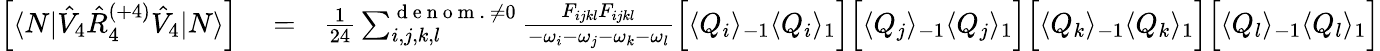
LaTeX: \begin{array}{rlr}{\left[\langle N|\hat{V}_{4}\hat{R}_{4}^{(+4)}\hat{V}_{4}|N\rangle\right]}&{{}=}&{\frac{1}{24}\sum_{i,j,k,l}^{{\mathrm{~d~e~n~o~m~.~}\neq 0}}\frac{F_{ijkl}F_{ijkl}}{-\omega_{i}-\omega_{j}-\omega_{k}-\omega_{l}}\Big[\langle Q_{i}\rangle_{-1}\langle Q_{i}\rangle_{1}\Big]\Big[\langle Q_{j}\rangle_{-1}\langle Q_{j}\rangle_{1}\Big]\Big[\langle Q_{k}\rangle_{-1}\langle Q_{k}\rangle_{1}\Big]\Big[\langle Q_{l}\rangle_{-1}\langle Q_{l}\rangle_{1}\Big]}\end{array}